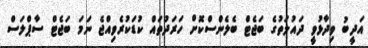
އަދީބު ވިދާޅުވީ ދައުލަތުގެ ބަޖެޓް ބެލެންސްކޮށް ހަރަދުތައް ކުޑަކުރެވިއްޖެ ނަމަ ބަޖެޓް ސާޕްލަސް